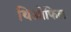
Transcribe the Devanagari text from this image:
थिओफिल